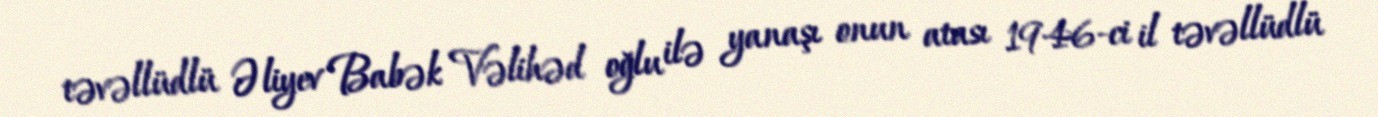
təvəllüdlü Əliyev Babək Vəlihəd oğlu ilə yanaşı onun atası 1946-ci il təvəllüdlü